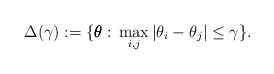
\begin{align*}\Delta(\gamma):=\{\pmb{\theta}:\, \max_{i,j}|\theta_i-\theta_j|\le \gamma\}.\end{align*}